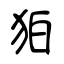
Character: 狛